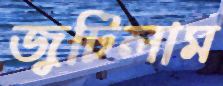
জুটিলাম